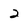
Character: 2